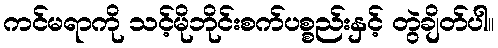
ကင်မရာကို သင့်မိုဘိုင်းစက်ပစ္စည်းနှင့် တွဲချိတ်ပါ။